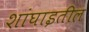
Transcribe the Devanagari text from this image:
शांघाइतील